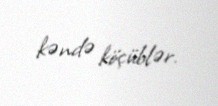
kəndə köçüblər.